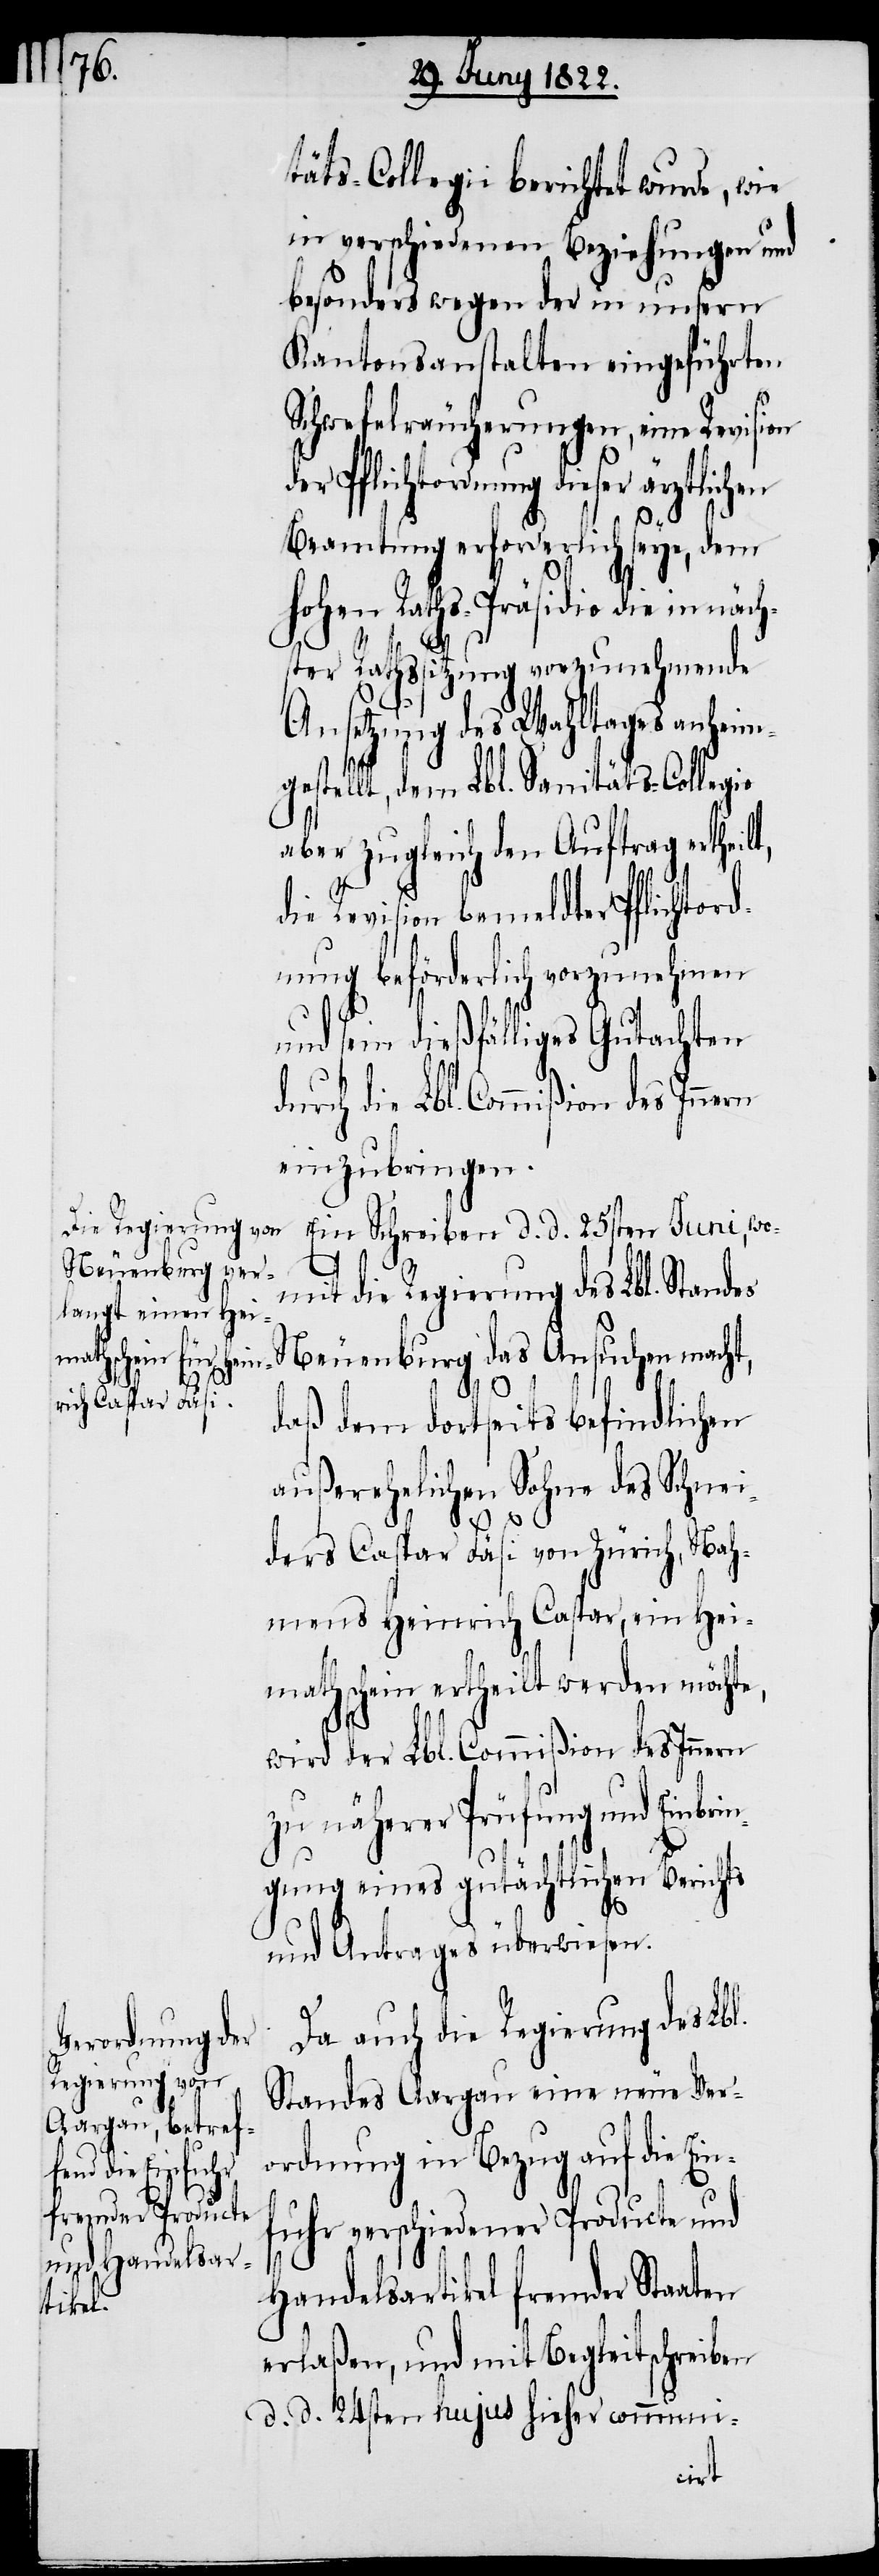
tordnung d¬
der Pflich¬

täts-Collegii berichtet wurde, wie
in verschiedenen Beziehungen und
besonders wegen der in unsern
Kantonsanstalten eingeführten
Schwefelräucherungen, eine Revision
Beamtung erforderlich seye, dem
Hohen Raths-Präsidio die in näch¬
ster Rathssitzung vorzunehmende
Ansetzung des Wahltages anheim¬
gestellt, dem Lbl. Sanitäts-Collegio
aber zugleich den Auftrag ertheilt,
Revision bemeldter Pflichtor¬
dnung beförderlich vorzunehmen
und sein dießfälliges Gutachten
einzubringen.
Ein Schreiben d. d. 25sten Juni, wo¬
mit die Regierung des Lbl. Standes
Neuenburg das Ansuchen macht,
daß dem dortseits befindlichen
außerehelichen Sohne des Schnei¬
ders Caspar Fäsi von Zürich, Nah¬
mens Heinrich Caspar, ein Hei¬
mathschein ertheilt werden möchte,
wird der Lbl. Commißion des Innern
zu näherer Prüfung und Einbrin¬
gung eines gutächtlichen Berichts
und Antrages überwiesen.
Da auch die Regierung des Lbl.
Standes Aargau eine neue Ver¬
ordnung in Bezug auf die Ei¬
nfuhr verschiedener Producte und
Handelsartikel fremder Staaten
erlaßen, und mit Begleitschreiben
d. d. 24sten hujus hieher communi-